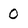
Character: O